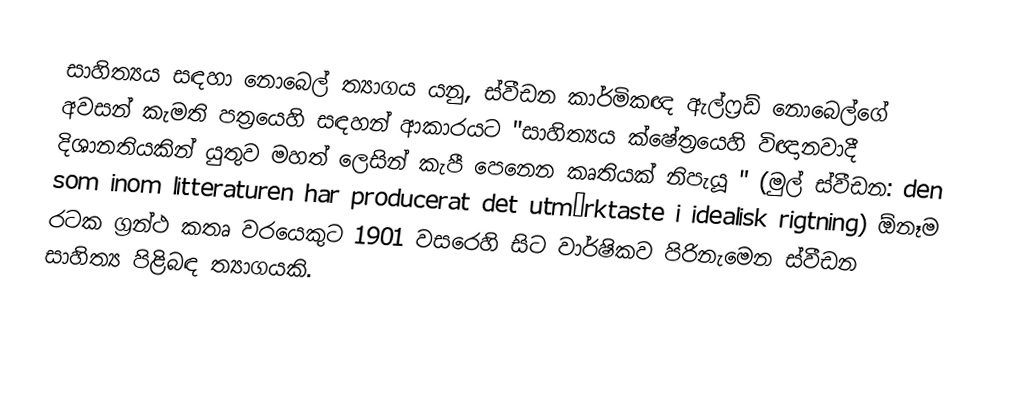
සාහිත්‍යය සඳහා නොබෙල් ත්‍යාගය යනු, ස්වීඩන කාර්මිකඥ ඇල්ෆ්‍රඩ් නොබෙල්ගේ අවසන් කැමති පත්‍රයෙහි සඳහන් ආකාරයට "සාහිත්‍යය ක්ෂේත්‍රයෙහි  විඥානවාදී දිශානතියකින් යුතුව  මහත් ලෙසින් කැපී පෙනෙන කෘතියක් නිපැයූ "  (මුල් ස්වීඩන: den som inom litteraturen har producerat det utmärktaste i idealisk rigtning) ඕනෑම රටක ග්‍රන්ථ කතෘ වරයෙකුට 1901 වසරෙහි සිට වාර්ෂිකව පිරිනැමෙන  ස්වීඩන  සාහිත්‍ය පිළිබඳ ත්‍යාගයකි.